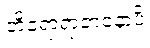
တိရောရာဇာနောပိ